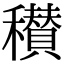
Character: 𥣪